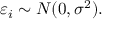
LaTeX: \varepsilon _ { i } \sim N ( 0 , \sigma ^ { 2 } ) .